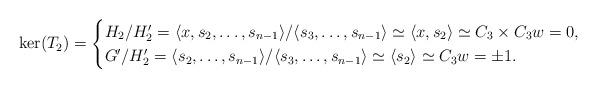
LaTeX: \begin{align*}\ker(T_2)=\begin{cases}H_2/H_2^\prime=\langle x,s_2,\ldots,s_{n-1}\rangle/\langle s_3,\ldots,s_{n-1}\rangle\simeq\langle x,s_2\rangle\simeq C_3\times C_3 w=0, \\G^\prime/H_2^\prime=\langle s_2,\ldots,s_{n-1}\rangle/\langle s_3,\ldots,s_{n-1}\rangle\simeq\langle s_2\rangle\simeq C_3 w=\pm 1.\end{cases}\end{align*}